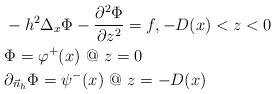
LaTeX: \begin{align*}\begin{aligned}&-h^2\Delta_{x}\Phi-{\partial^2\Phi\over\partial z^2}=f, -D(x)<z<0\cr&\Phi=\varphi^+(x) \ @ \ z=0\cr&\partial_{\vec n_h}\Phi=\psi^-(x) \ @ \ z=-D(x)\cr\end{aligned}\end{align*}